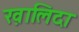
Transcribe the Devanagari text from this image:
ख़ालिदा